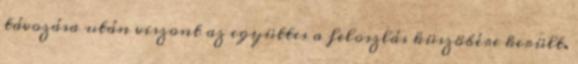
távozása után viszont az együttes a feloszlás küszöbére került.